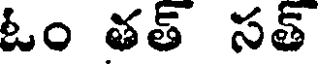
ఓం తత్ సత్